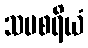
သမစရိယံ